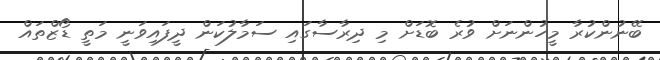
ބޭނުންކުރާ މީހުންނަށް ވުރެ ބޮޑަށް މި ދިރާސާގައި ސަމާލުކަން ދީފައިވަނީ މަތީ ޑޯޒްތައް